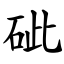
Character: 䂣